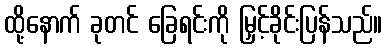
ထို့နောက် ခုတင် ခြေရင်းကို မြှင့်ခိုင်းပြန်သည်။